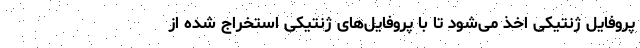
پروفایل ژنتیکی اخذ می‌شود تا با پروفایل‌های ژنتیکی استخراج شده از